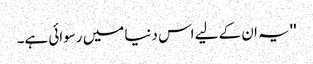
''یہ ان کے لیے اس دنیا میں رسوائی ہے۔